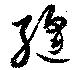
縫